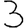
Digit: 3